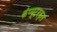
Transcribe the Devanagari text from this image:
कंप्यूटरकृत